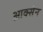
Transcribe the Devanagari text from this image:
आक्सेन